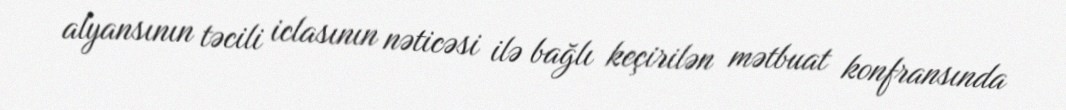
alyansının təcili iclasının nəticəsi ilə bağlı keçirilən mətbuat konfransında